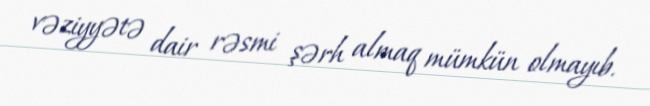
vəziyyətə dair rəsmi şərh almaq mümkün olmayıb.